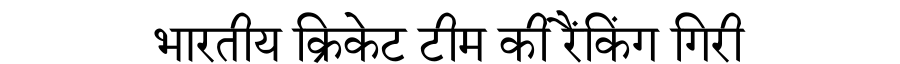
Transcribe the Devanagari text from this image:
भारतीय क्रिकेट टीम की रैंकिंग गिरी